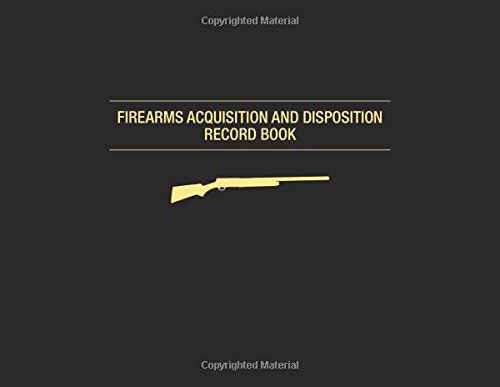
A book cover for Firearms Acquisition and Disposition Record Book; Business & Money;